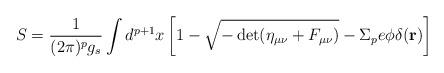
LaTeX: \begin{align*}S=\frac{1}{(2\pi)^p g_s}\int d^{p+1}x\left[1-\sqrt{-\det(\eta_{\mu\nu}+F_{\mu\nu})}-\Sigma_pe\phi\delta({\bf r})\right]\end{align*}